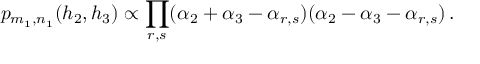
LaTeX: p _ { m _ { 1 } , n _ { 1 } } ( h _ { 2 } , h _ { 3 } ) \propto \prod _ { r , s } ( \alpha _ { 2 } + \alpha _ { 3 } - \alpha _ { r , s } ) ( \alpha _ { 2 } - \alpha _ { 3 } - \alpha _ { r , s } ) \, .